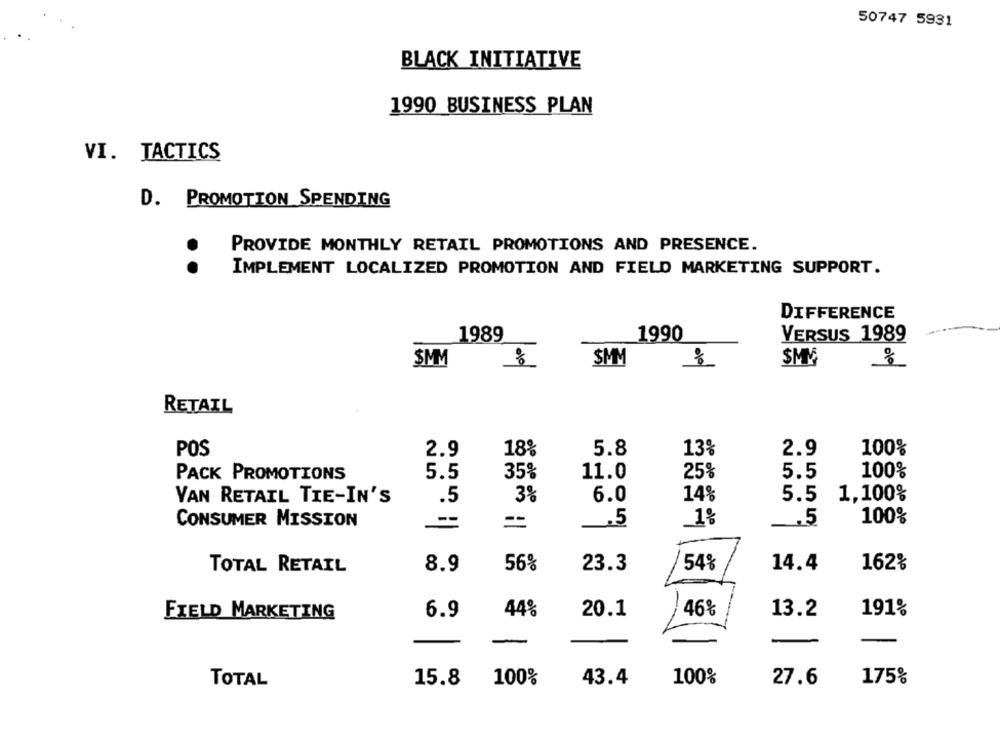
50747 5931
BLACK INITIATIVE
1990 BUSINESS PLAN
VI. TACTICS
D. PROMOTION SPENDING
PROVIDE MONTHLY RETAIL PROMOTIONS AND PRESENCE.
..
IMPLEMENT LOCALIZED PROMOTION AND FIELD MARKETING SUPPORT.
DIFFERENCE
1989
1990
VERSUS 1989
$MM
SMM
SMM
RETAIL
POS
5.8
13%
2.9
100%
2.9
18%
11.0
5.5
100%
PACK PROMOTIONS
5.5
35%
25%
3%
14%
1,100%
VAN RETAIL TIE-IN'S
.5
6.0
5.5
100%
CONSUMER MISSION
--
=
.5
1%
.5
TOTAL RETAIL
8.9
56%
23.3
54%
14.4
162%
-
FIELD MARKETING
6.9
44%
20.1
46%
13.2
191%
-
-
TOTAL
15.8
100%
43.4
100%
27.6
175%